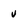
Character: v